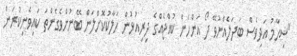
"ޝިހާމު އަދިވެސް ބަދަލެއްނުވޭ ދޯ އަންހެން ކުއްޖެއްގެ ދިރިއުޅުން ހަލާކުކޮށްލަން ބޭނުންވެގެންތަ ކައިވެނިކުރަން